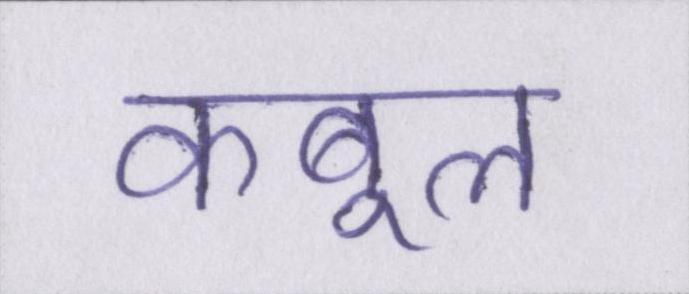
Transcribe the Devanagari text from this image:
कबूल